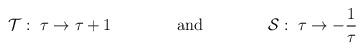
LaTeX: \begin{align*}{\cal T}:\;\tau\rightarrow\tau+1\qquad\qquad\textrm{and}\qquad\qquad {\cal S}:\;\tau\rightarrow -\frac{1}{\tau}\end{align*}